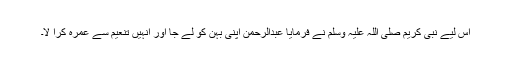
اس لیے نبی کریم صلی اللہ علیہ وسلم نے فرمایا عبدالرحمٰن اپنی بہن کو لے جا اور انہیں تنعیم سے عمرہ کرا لا۔